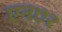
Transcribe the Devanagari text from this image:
एन७२